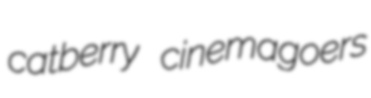
catberry cinemagoers